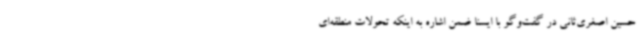
حسین اصغری‌ثانی در گفت‌وگو با ایسنا ضمن اشاره به اینکه تحولات منطقه‌ای